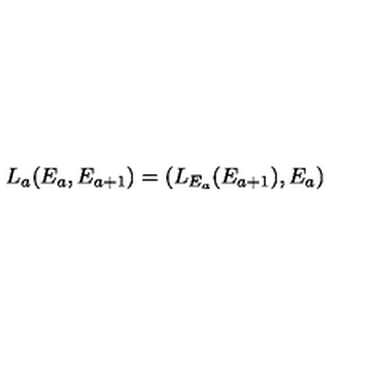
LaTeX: L _ { a } ( E _ { a } , E _ { a + 1 } ) = ( L _ { E _ { a } } ( E _ { a + 1 } ) , E _ { a } )